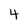
Character: 4